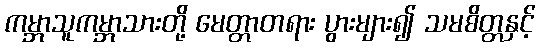
ကမ္ဘာသူကမ္ဘာသားတို့ မေတ္တာတရား ပွားများ၍ သမစိတ္တနှင့်